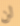
لن